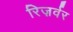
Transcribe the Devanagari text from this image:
रिज़र्वर